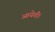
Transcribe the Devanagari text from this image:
आयेगीं।